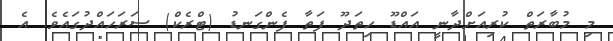
މި މުބާރަތް ކުރިއަށްދާނީ އައްޑޫ ހިތަދޫ ފަތާ ފެންގަނޑު (ޓްރެކް) ސަރަހައްދުގައެވެ. އެ